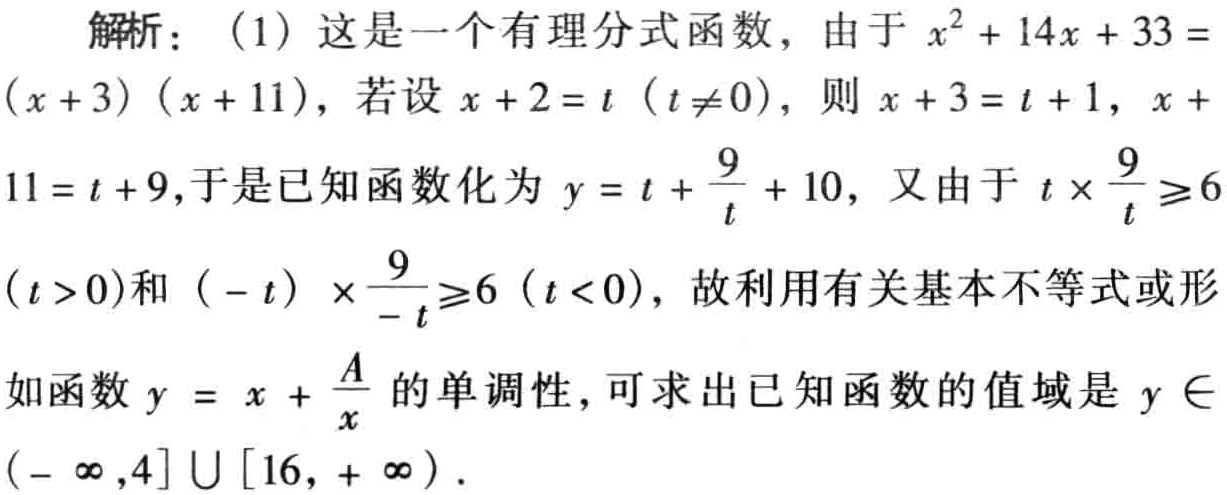
解析：（1）这是一个有理分式函数，由于\(x^{2}+14x + 33=(x + 3)(x + 11)\)，若设\(x + 2 = t\ (t\neq0)\)，则\(x + 3 = t + 1\)，\(x + 11 = t + 9\)，于是已知函数化为\(y = t+\frac{9}{t}+10\)，又由于\(t\times\frac{9}{t}\geqslant6\ (t > 0)\)和\((-t)\times\frac{9}{-t}\geqslant6\ (t < 0)\)，故利用有关基本不等式或形如函数\(y = x+\frac{A}{x}\)的单调性，可求出已知函数的值域是\(y\in(-\infty,4]\cup[16,+\infty)\)。